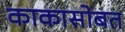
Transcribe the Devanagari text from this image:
काकासोबत